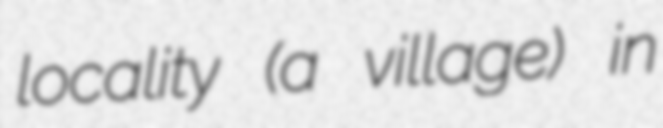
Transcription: locality (a village) in